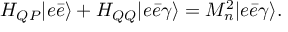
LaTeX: H _ { Q P } | e \bar { e } \rangle + H _ { Q Q } | e \bar { e } \gamma \rangle = M _ { n } ^ { 2 } | e \bar { e } \gamma \rangle .